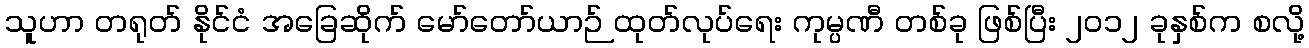
သူဟာ တရုတ် နိုင်ငံ အခြေဆိုက် မော်တော်ယာဉ် ထုတ်လုပ်ရေး ကုမ္ပဏီ တစ်ခု ဖြစ်ပြီး ၂၀၁၂ ခုနှစ်က စလို့